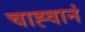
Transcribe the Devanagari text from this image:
चाह्वानं